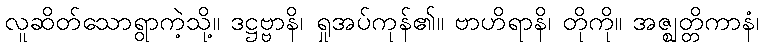
လူဆိတ်သောရွာကဲ့သို့။ ဒဋ္ဌဗ္ဗာနိ၊ ရှုအပ်ကုန်၏။ ဗာဟိရာနိ၊ တိုကို။ အဇ္ဈတ္တိကာနံ၊